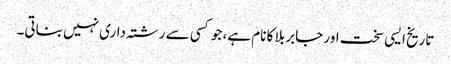
تاریخ ایسی سخت اور جابر بلا کا نام ہے، جو کسی سے رشتہ داری نہیں بناتی۔